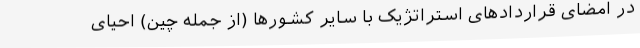
در امضای قراردادهای استراتژیک با سایر کشورها (از جمله چین) احیای